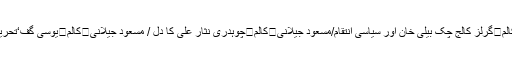
/نادیہ سحرنادی کالم	یونین کونسل سموٹ کی تقسیم وقت کی ضرورت/ حبیب قریشی	کالم	میگا پروجیکٹس کالم	گرلز کالج چک بیلی خان اور سیاسی انتقام/مسعود جیلانی	کالم	چوہدری نثار علی کا دل / مسعود جیلانی	کالم	یوسی گف‘تحریک انصاف اور ن لیگ کا ون ٹو ون مقابلہ/شہزاد رضا	کالم	یمن بحران کو سفارتی طریقے سے حل کیا جائے!